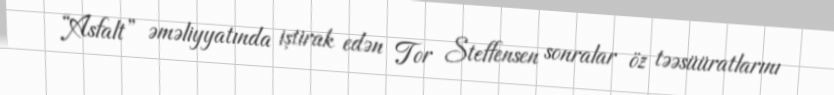
“Asfalt” əməliyyatında iştirak edən Tor Steffensen sonralar öz təəsüüratlarını